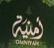
ذمنيى